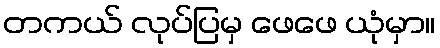
တကယ် လုပ်ပြမှ ဖေဖေ ယုံမှာ။